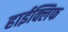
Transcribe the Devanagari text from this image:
हाईक्लिफ